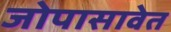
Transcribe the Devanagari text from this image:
जोपासावेत